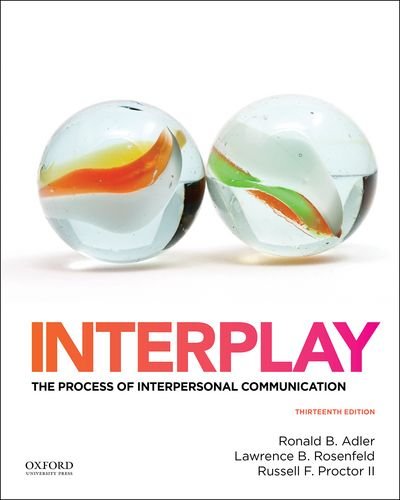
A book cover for Interplay: The Process of Interpersonal Communication; Ronald Adler; Politics & Social Sciences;